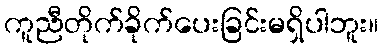
ကူညီတိုက်ခိုက်ပေးခြင်းမရှိပါဘူး။